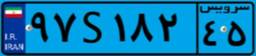
۱۶S۰۵۲۱۹